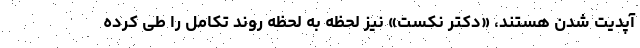
آپدیت شدن هستند، «دکتر نکست» نیز لحظه به لحظه روند تکامل را طی کرده